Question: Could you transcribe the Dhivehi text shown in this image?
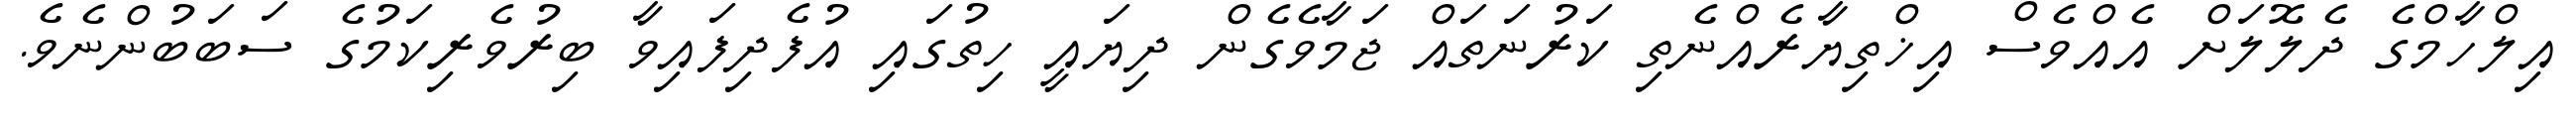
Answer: އިލްހާމްގެ ދެލޮލަށް އެއްވެސް އިޚްތިޔާރެއްނެތި ކަރުނަތައް ޖަމާވެގެން ދިޔައީ ހިތުގައި އުފެދިފައިވާ ބިރުވެރިކަމުގެ ސަބަބުންނެވެ.